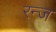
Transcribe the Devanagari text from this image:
रन्ज